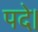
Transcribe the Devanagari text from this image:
पदे।